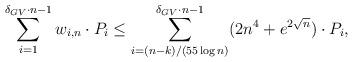
LaTeX: \begin{align*}\sum_{i=1}^{\delta_{GV}\cdot n-1} w_{i,n} \cdot P_i&\leq \sum_{i=(n-k)/(55\log n)}^{\delta_{GV}\cdot n-1} (2n^4+e^{2\sqrt{n}}) \cdot P_i, \end{align*}